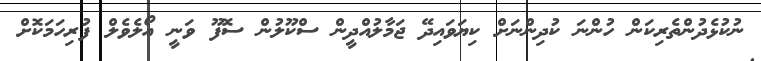
ނުކުޅެދުންތެރިކަން ހުންނަ ކުދިންނަށް ކިޔަވައިދޭ ޖަމާލުއްދީން ސްކޫލުން ސޮފޫ ވަނީ އޯލެވެލް ފުރިހަމަކޮށް